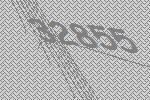
32855